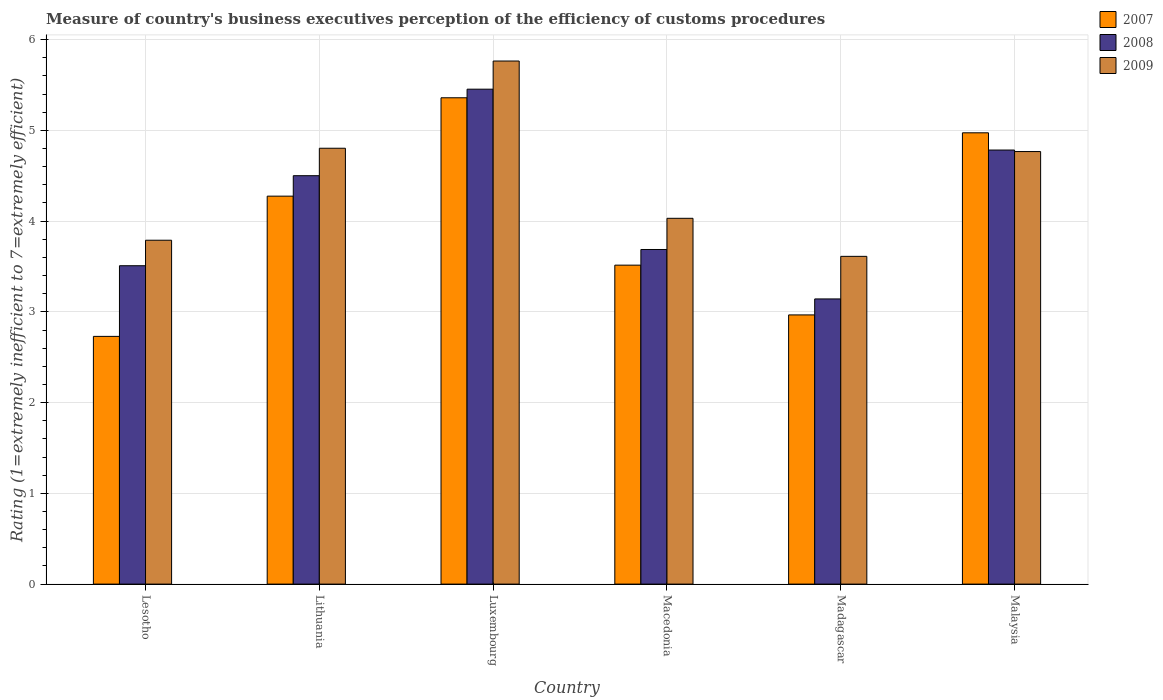
| Country | 2007 | 2008 | 2009 |
 | --- | --- | --- | --- |
 | Lesotho | 2.73 | 3.51 | 3.79 |
 | Lithuania | 4.28 | 4.5 | 4.8 |
 | Luxembourg | 5.36 | 5.45 | 5.76 |
 | Macedonia | 3.51 | 3.69 | 4.03 |
 | Madagascar | 2.97 | 3.14 | 3.61 |
 | Malaysia | 4.97 | 4.78 | 4.77 |